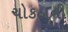
ચોકઠાની